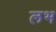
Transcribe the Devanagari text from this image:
लभ